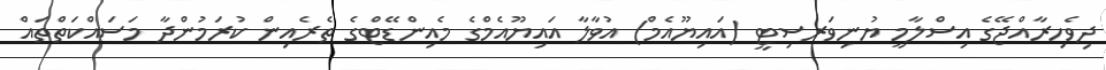
ދިވެހިރާއްޖޭގެ އިސްލާމީ ޔުނިވަރސިޓީ (އައިޔޫއެމް) އުވާލާ އައިޔޫއެމްގެ މެއިންޑޭޓްގެ ތެރެއިން ކުރަމުންދާ މަސައްކަތްތައް